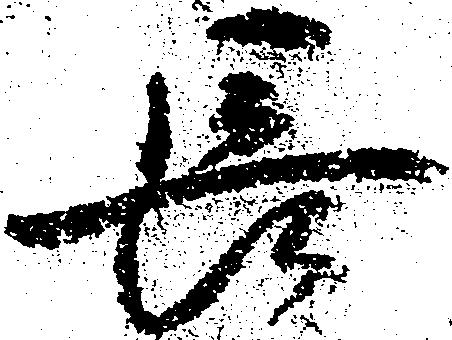
長